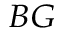
_ { B G }